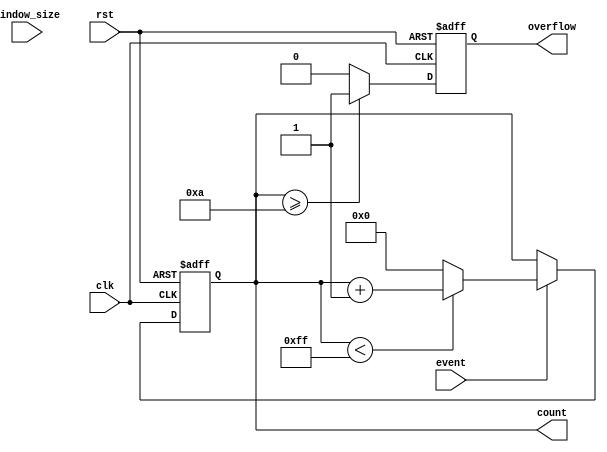
module windowed_counter #(
    parameter WIDTH = 8,            // Width of the counter
    parameter THRESHOLD = 10,       // Threshold for overflow
    parameter MAX_COUNT = 255        // Maximum count value for wrap around
)(
    input wire clk,                 // Clock signal
    input wire rst,                 // Asynchronous reset signal
    input wire event,               // Event signal to increment the counter
    input wire [WIDTH-1:0] window_size, // Configurable window size
    output reg [WIDTH-1:0] count,   // Current value of the counter
    output reg overflow              // Flag indicating overflow
);

    // Internal signal to keep track of the event count
    reg [WIDTH-1:0] event_count;

    // Always block for synchronous logic
    always @(posedge clk or posedge rst) begin
        if (rst) begin
            // Reset the counter and overflow flag
            count <= 0;
            event_count <= 0;
            overflow <= 0;
        end else begin
            // Check for event signal
            if (event) begin
                // Increment the event count
                if (event_count < window_size - 1) begin
                    event_count <= event_count + 1;
                end else begin
                    // Reset event_count if window size is reached
                    event_count <= 0;
                end
                
                // Increment the main count
                if (count < MAX_COUNT) begin
                    count <= count + 1;
                end else begin
                    // Wrap around the counter
                    count <= 0;
                end
            end

            // Check for overflow condition
            if (count >= THRESHOLD) begin
                overflow <= 1;
            end else begin
                overflow <= 0;
            end
        end
    end

endmodule